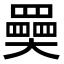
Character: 奰